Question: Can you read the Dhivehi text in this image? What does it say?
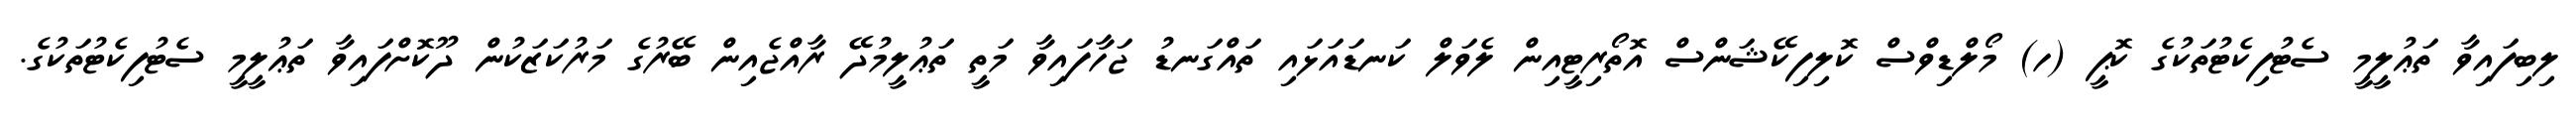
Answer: ލިބިފައިވާ ތަޢުލީމީ ސެޓުފިކެޓުތަކުގެ ކޮޕީ (ހ) މޯލްޑިވްސް ކޮލިފިކޭޝަންސް އޮތޯރިޓީއިން ލެވަލް ކަނޑައަޅައި ތައްގަނޑު ޖަހާފައިވާ މަތީ ތަޢުލީމުދޭ ރާއްޖެއިން ބޭރުގެ މަރުކަޒަކުން ދޫކޮށްފައިވާ ތަޢުލީމީ ސެޓުފިކެޓުތަކުގެ.